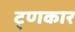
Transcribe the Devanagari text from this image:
ट्णकार